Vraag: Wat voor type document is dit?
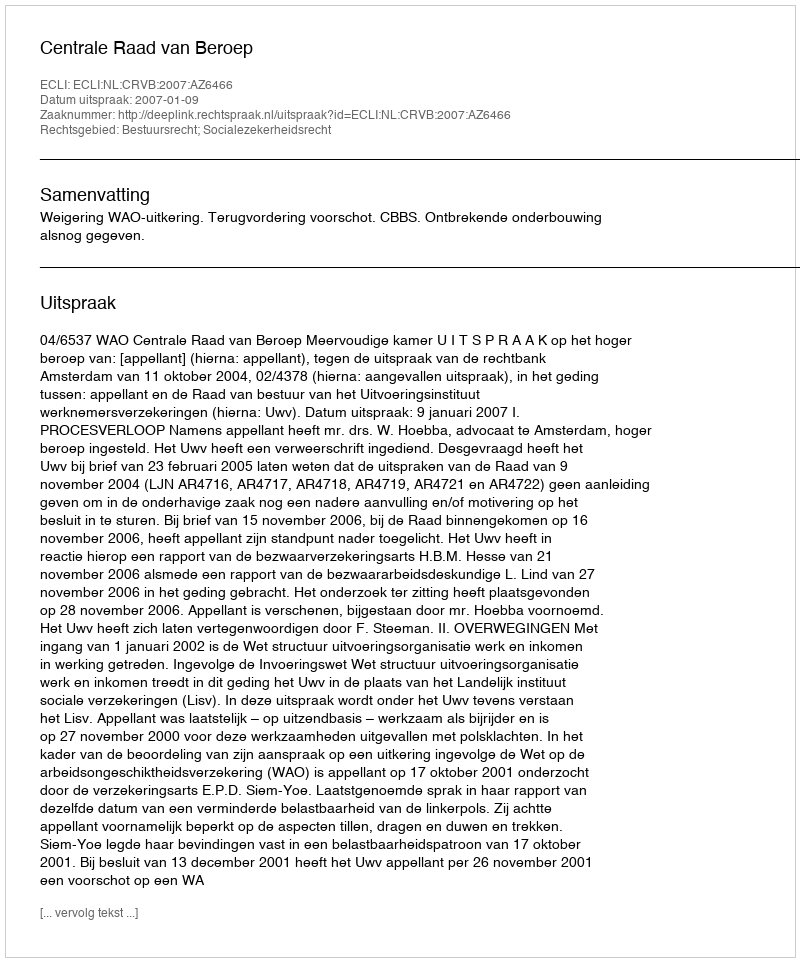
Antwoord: Uitspraak